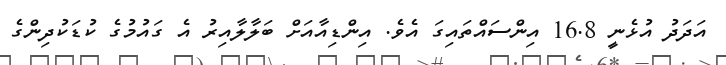
އަދަދު އުޅެނީ 16.8 އިންސައްތައިގަ އެވެ. އިންޑިއާއަށް ބަލާލާއިރު އެ ގައުމުގެ ކުޑަކުދިންގެ